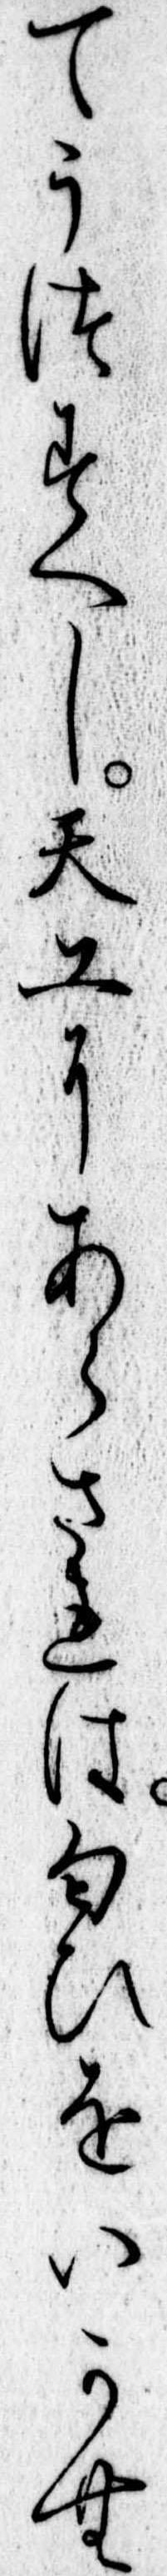
てうつすへし天工にあらされは匂ひをいかむ